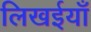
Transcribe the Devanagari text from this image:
लिखईयाँ